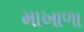
માખાળા